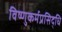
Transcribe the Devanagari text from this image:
विष्णुकर्मप्रसिद्धि